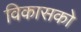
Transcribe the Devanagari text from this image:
विकासको